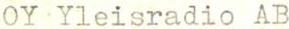
OY Yleisradio AB